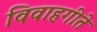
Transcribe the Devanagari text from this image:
विवाहगीते